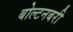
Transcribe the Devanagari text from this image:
बोल्टनबरी